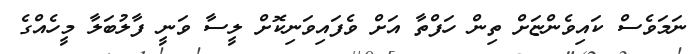
ނަމަވެސް ކައިވެންޏަށް ތިން ހަފްތާ އަށް ވެފައިވަނިކޮށް ލީސާ ވަނީ ފާލުބަލާ މީހެއްގެ